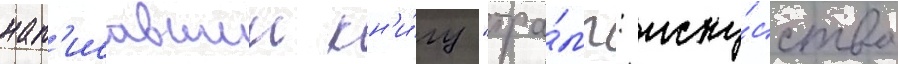
нап'исавшии кн'и́гу "тра́мп: иску́сство